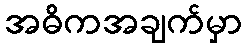
အဓိကအချက်မှာ